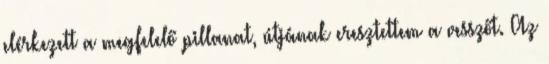
elérkezett a megfelelő pillanat, útjának eresztettem a vesszőt. Az